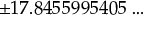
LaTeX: \pm 1 7 . 8 4 5 5 9 9 5 4 0 5 \ldots